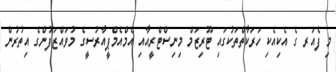
މި ފެއަރ ގެ އެކިއެކި ހަރަކާތްތަކުގައި ޓޫރިޒަމް މިނިސްޓްރީއާއި އެމްއެމްޕީއާރުސީގެ މުވައްޒަފުންގެ އިތުރުން